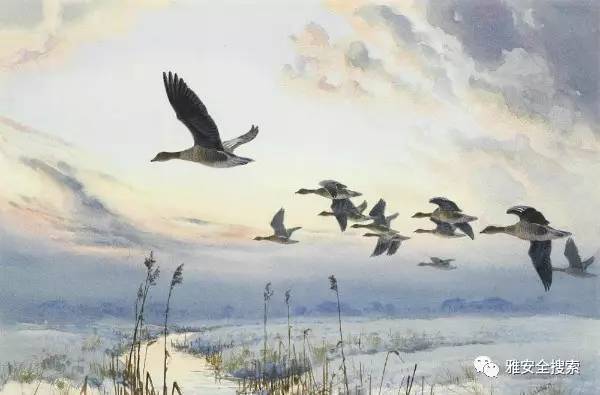
初闻征雁已无蝉，百尺楼高水接天。